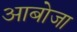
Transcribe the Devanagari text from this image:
आबोजा